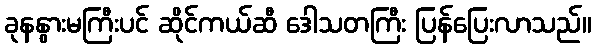
ခုနနွားမကြီးပင် ဆိုင်ကယ်ဆီ ဒေါသတကြီး ပြန်ပြေးလာသည်။